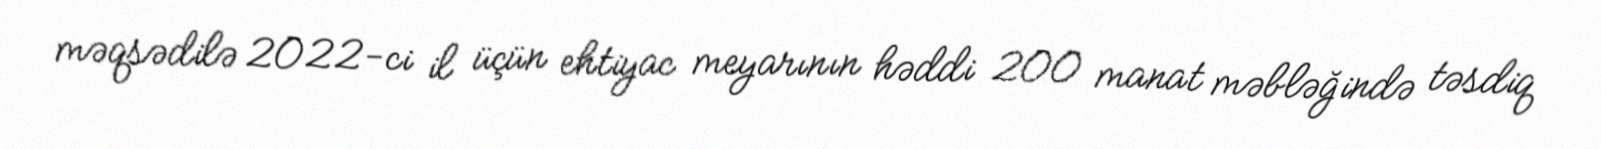
məqsədilə 2022-ci il üçün ehtiyac meyarının həddi 200 manat məbləğində təsdiq